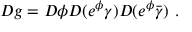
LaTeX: { \cal D } g = { \cal D } \phi { \cal D } ( e ^ { \phi } \gamma ) { \cal D } ( e ^ { \phi } \bar { \gamma } ) ~ .